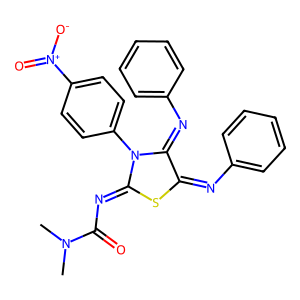
SMILES: CN(C)C(=O)N=C1SC(=Nc2ccccc2)C(=Nc2ccccc2)N1c1ccc([N+](=O)[O-])cc1
Inhibits HIV replication: No